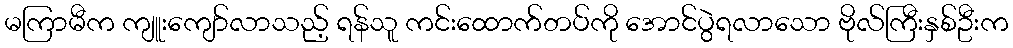
မကြာမီက ကျူးကျော်လာသည့် ရန်သူ ကင်းထောက်တပ်ကို အောင်ပွဲရလာသော ဗိုလ်ကြီးနှစ်ဦးက